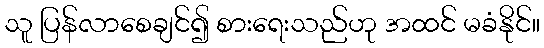
သူ ပြန်လာစေချင်၍ စားရေးသည်ဟု အထင် မခံနိုင်။